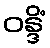
ဝန္ဒိံ